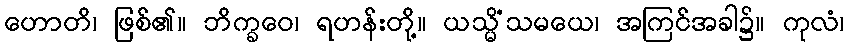
ဟောတိ၊ ဖြစ်၏။ ဘိက္ခဝေ၊ ရဟန်းတို့။ ယသ္မိံသမယေ၊ အကြင်အခါ၌။ ကုလံ၊